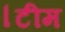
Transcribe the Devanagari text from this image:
।टीम